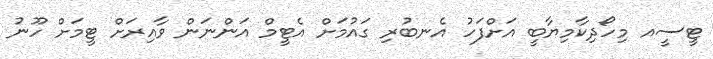
ޓީސީއ މިހޯދިކާމިޔާބީ އަށްފަހު އެނބުރި ގައުމަށް އެޓީމް އަންނަން ވާއިރަށް ޓީމަށް ހޫނު